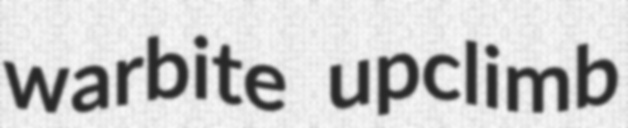
warbite upclimb